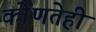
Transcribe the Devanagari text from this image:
कोंणतेही